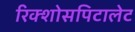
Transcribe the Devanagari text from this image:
रिक्शोसपिटालेट